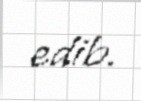
edib.